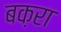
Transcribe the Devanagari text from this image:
बक़रा